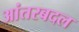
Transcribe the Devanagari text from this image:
आंतरबदल